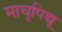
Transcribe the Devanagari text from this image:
माचूपिच्चू